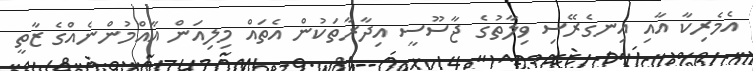
އެމެރިކާ އާއި އިނގެރޭސި ވިލާތުގެ ޖާސޫސީ އިދާރާތަކުން އެތައް މިލިއަން އާއްމުންނެއްގެ ޒާތީ